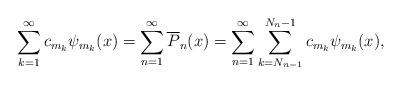
LaTeX: \begin{align*}\sum_{k=1}^\infty c_{m_k}\psi _{m_k}(x)=\sum_{n=1}^\infty\overline{P}_n(x)=\sum_{n=1}^\infty\sum_{k=N_{n-1}}^{N_n-1}c_{m_k}\psi _{m_k}(x),\end{align*}